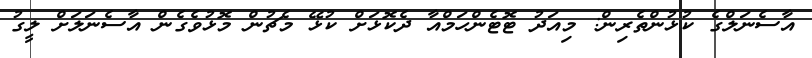
އާސެނަލްގެ ކުޅުންތެރިން: މިއަދު ޓޮޓެންހަމްއާ ދެކޮޅަށް ކުޅޭ މެޗުން މޮޅުވެގެން އާސެނަލަށް ލީގު